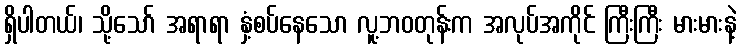
ရှိပါတယ်၊ သို့သော် အရာရာ နှံ့စပ်နေသော လူ့ဘဝတုန်းက အလုပ်အကိုင် ကြီးကြီး မားမားနဲ့